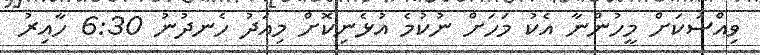
ވިއްސަކަށް މީހުންނާ އެކު މަހަށް ނުކުމެ އުޅެނިކޮށް މިއަދު ހެނދުނު 6:30 ހާއިރު